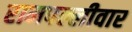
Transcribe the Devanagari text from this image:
रामपल्लीवार